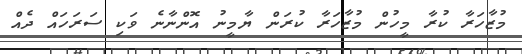
މުޒާހަރާ ކުރާ މީހުން މުޒާހަރާ ކުރަން ޔާމީނު އޮންނާނެ ވަކި ސަރަހައް ދެއް